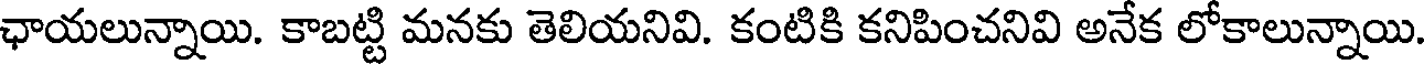
ఛాయలున్నాయి. కాబట్టి మనకు తెలియనివి. కంటికి కనిపించనివి అనేక లోకాలున్నాయి